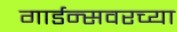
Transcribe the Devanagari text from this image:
गार्डन्सवरच्या